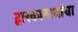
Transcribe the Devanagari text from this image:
द्वारकानाथांचा